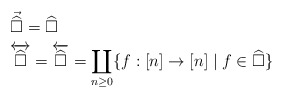
\begin{align*}& \vec{\widehat{\square}}=\widehat{\square}\\& \overleftrightarrow{\widehat{\square}}=\overleftarrow{\widehat{\square}}= \coprod_{n\geq 0}\{f:[n]\to [n]\mid f\in \widehat{\square}\}\end{align*}